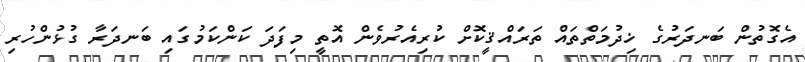
އެގޮތުން ބަނދަރުގެ ޚިދުމަތްތައް ތަރައްޤީކޮށް ކުރިއެރުވެން އޮތީ މިފަދަ ކަންކަމުގައި ބަނދަރާ ގުޅުންހުރި